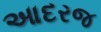
આદરજ